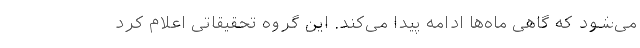
می‌شود که گاهی ماه‌ها ادامه پیدا می‌کند. این گروه تحقیقاتی اعلام کرد